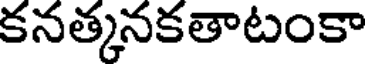
కనత్కనకతాటంకా